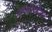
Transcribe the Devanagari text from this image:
अग्रोवोक